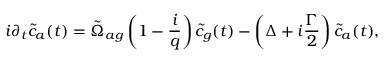
i \partial _ { t } \Tilde { c } _ { a } ( t ) = \tilde { \Omega } _ { a g } \left( 1 - \frac { i } { q } \right) \Tilde { c } _ { g } ( t ) - \left( Δ + i \frac { Γ } { 2 } \right) \Tilde { c } _ { a } ( t ) ,